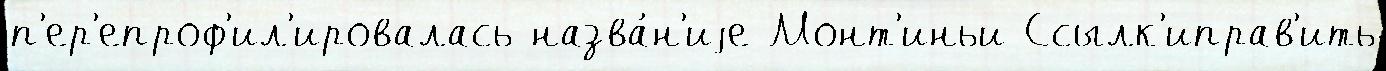
п'ер'епроф'ил'ировалась назва́н'иjе Монт'иньи Ссылк'иправ'ить